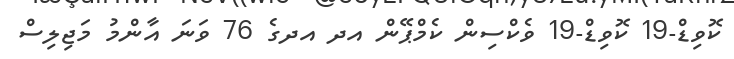
ކޮވިޑް-19 ކޮވިޑް-19 ވެކްސިން ކެމްޕޭން އދ އދގެ 76 ވަނަ އާންމު މަޖިލިސް